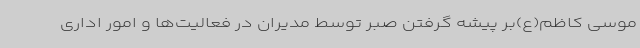
موسی کاظم(ع)بر پیشه گرفتن صبر توسط مدیران در فعالیت‌ها و امور اداری